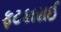
ફટકારાઈ